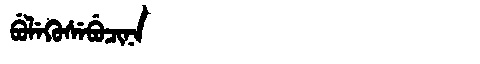
Manchu: ᠪᡠᠯᡝᡴᡠᠰᡝᠪᡠᠴᡳᠨᠠ
Romanization: BULEKUSEBUCINA